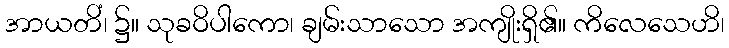
အာယတိံ၊ ၌။ သုခဝိပါကော၊ ချမ်းသာသော အကျိုးရှိ၏။ ကိလေသေဟိ၊